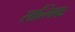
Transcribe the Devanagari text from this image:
सात्त्विकः